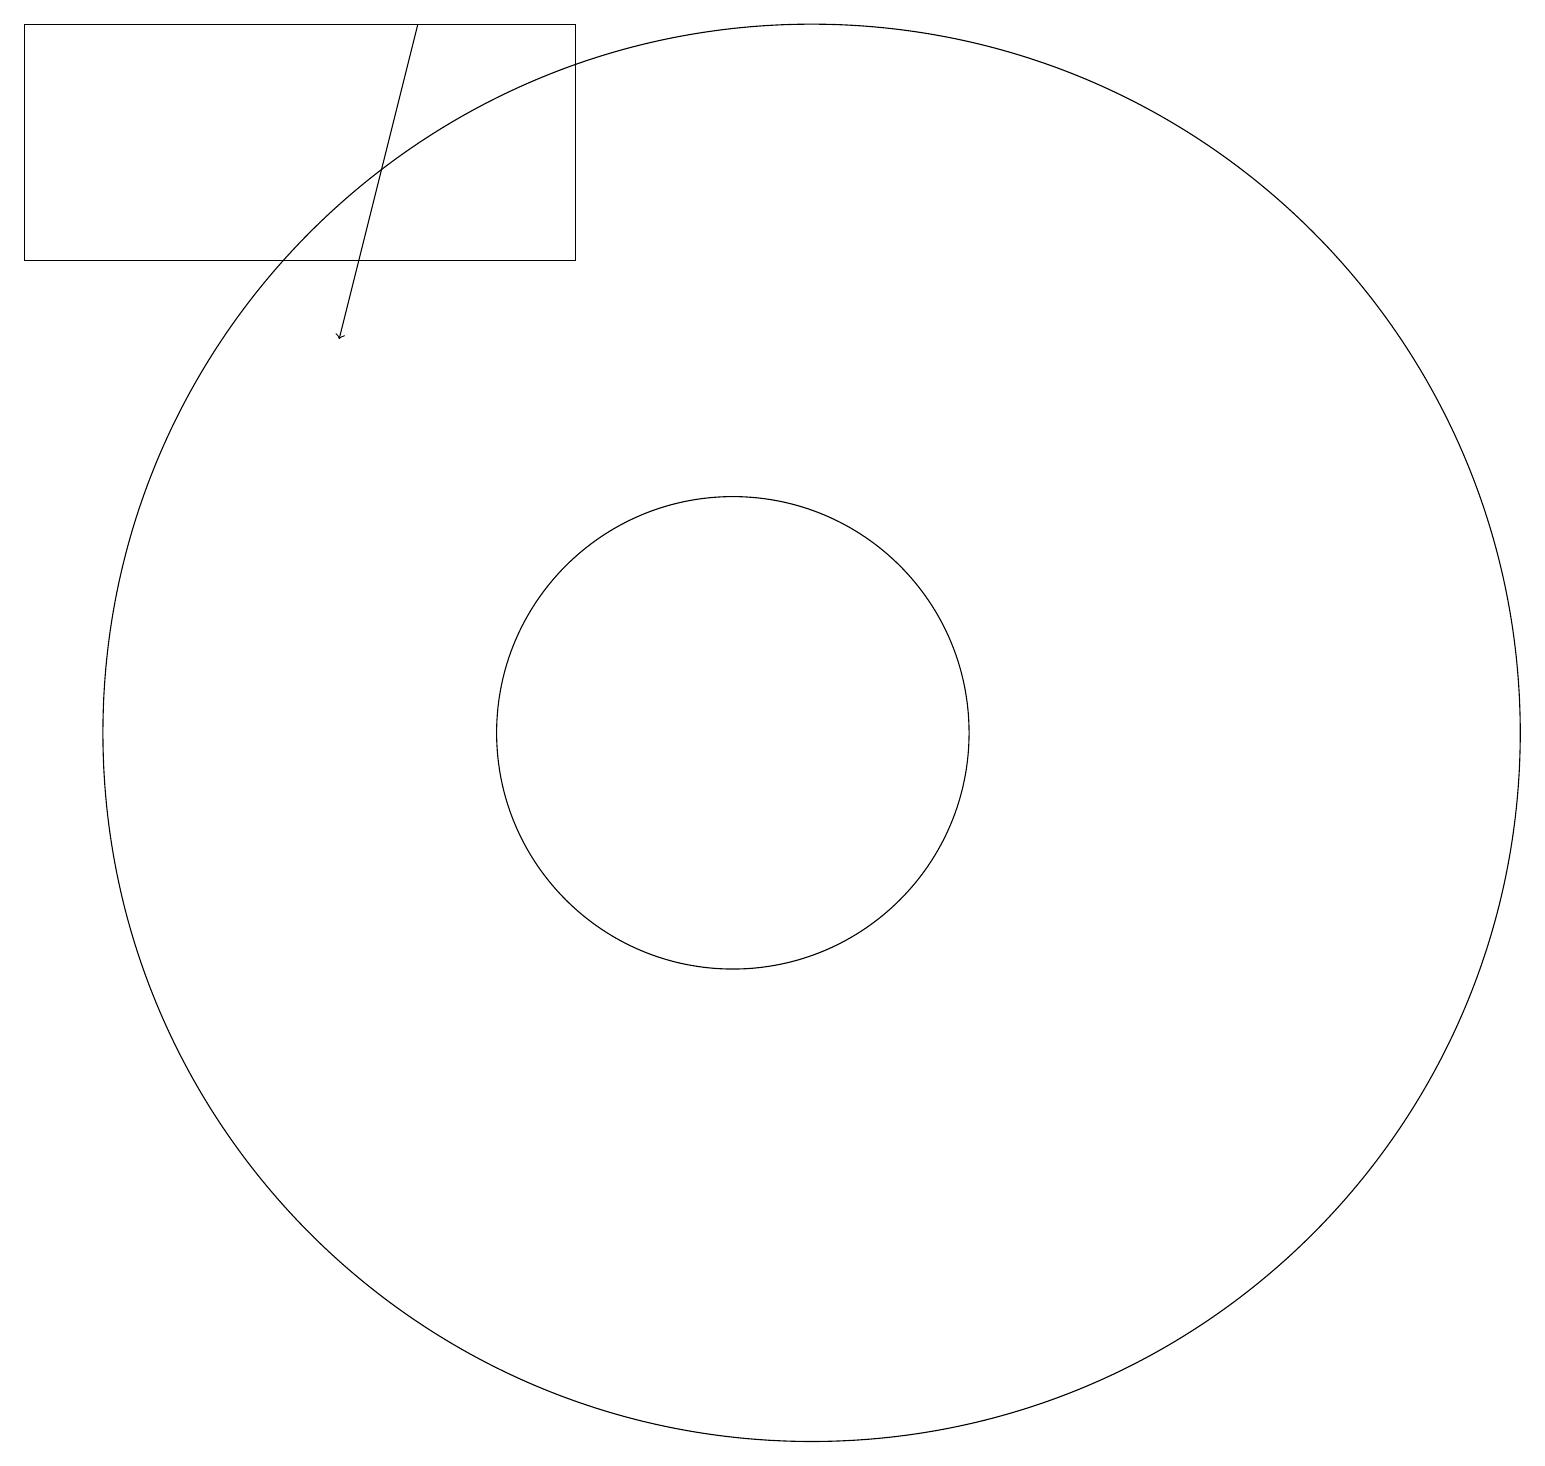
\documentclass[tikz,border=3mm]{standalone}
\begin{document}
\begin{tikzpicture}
\draw (8,16) rectangle (1,19);
\draw[->] (6,19) -- (5,15);
\draw (10,10) circle (3);
\draw (11,10) circle (9);
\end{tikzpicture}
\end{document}